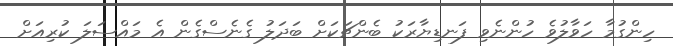
ހިންގުމާ ހަވާލުވެ ހުންނެވި ފަނޑިޔާރަކު ބެންޗަކަށް ބަދަލު ގެނެސްގެން އެ މައްސަލަ ކުރިއަށް